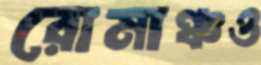
রোমাঞ্চও